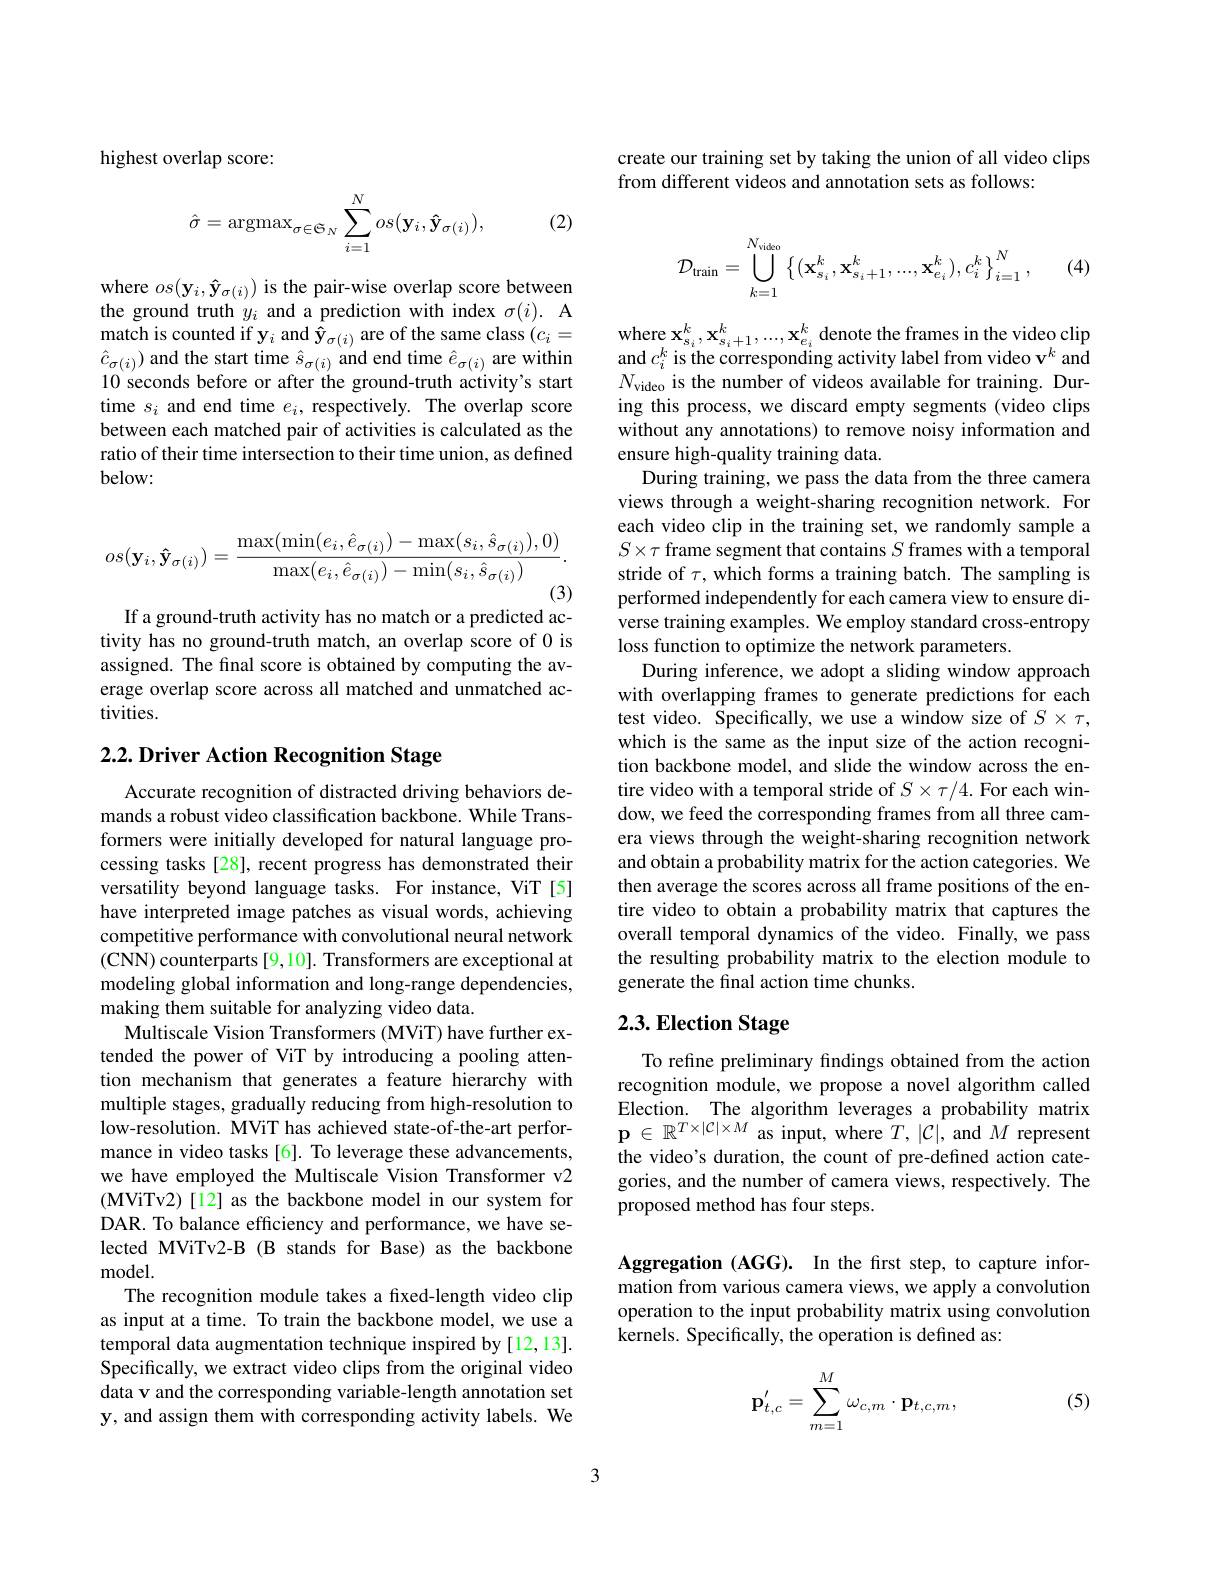
highest overlap score:

(2)
$$\hat{\sigma}=\operatorname{argmax}_{\sigma\in\mathfrak{S}_{N}}\sum_{i=1}^{N}os(\mathbf{y}_{i},\mathbf{\hat{y}}_{\sigma(i)}),$$
where $os(\mathbf{y}_{i},\mathbf{\hat{y}}_{\sigma(i)})$ is the pair-wise overlap score between the ground truth $y_i$ and a prediction with index $\sigma(i).$ A match is counted if y$_i$ and $\hat{\mathbf{y}}_{\sigma(i)}$ are of the same class $(c_i=$ $\hat{c}_{\sigma(i)}$ and the start time $\hat{s}_{\sigma(i)}$ and end time $\hat{e}_{\sigma(i)}$ are within 10 seconds before or after the ground-truth activity's start time $s_i$ and end time $e_i$, respectively. The overlap score between each matched pair of activities is calculated as the ratio of their time intersection to their time union, as defined below:
$$os(\mathbf{y}_i,\mathbf{\hat{y}}_{\sigma(i)})=\frac{\max(\min(e_i,\hat{e}_{\sigma(i)})-\max(s_i,\hat{s}_{\sigma(i)}),0)}{\max(e_i,\hat{e}_{\sigma(i)})-\min(s_i,\hat{s}_{\sigma(i)})}.$$
If a ground-truth activity has no match or a predicted activity has no ground-truth match, an overlap score of 0 is assigned. The final score is obtained by computing the average overlap score across all matched and unmatched activities.

# $2. 2. \textbf{ Driver Action Recognition Stage}$

Accurate recognition of distracted driving behaviors demands a robust video classification backbone. While Transformers were initially developed for natural language processing tasks [28], recent progress has demonstrated their versatility beyond language tasks. For instance, ViT[5] have interpreted image patches as visual words, achieving competitive performance with convolutional neural network (CNN) counterparts [9,10]. Transformers are exceptional at modeling global information and long-range dependencies, making them suitable for analyzing video data.
Multiscale Vision Transformers (MViT) have further extended the power of ViT by introducing a pooling attention mechanism that generates a feature hierarchy with multiple stages, gradually reducing from high-resolution to low-resolution. MViT has achieved state-of-the-art performance in video tasks [6]. To leverage these advancements, we have employed the Multiscale Vision Transformer v2 (MViTv2)[12] as the backbone model in our system for DAR. To balance efficiency and performance, we have selected MViTv2-B (B stands for Base) as the backbone ${\mathrm{model}}.$
The recognition module takes a fixed-length video clip as input at a time. To train the backbone model, we use a temporal data augmentation technique inspired by [12,13]. Specifically, we extract video clips from the original video data v and the corresponding variable-length annotation set y, and assign them with corresponding activity labels. We

create our training set by taking the union of all video clips
from different videos and annotation sets as follows:
$$\mathcal{D}_{\text{train}}=\bigcup\limits_{k=1}^{N_{\text{video}}}\left\{(\mathbf{x}_{s_i}^k,\mathbf{x}_{s_i+1}^k,...,\mathbf{x}_{e_i}^k),c_i^k\right\}_{i=1}^N,$$
(4)

$\begin{array}{l}\mathrm{where~x_{s_{i}}^{k},x_{s_{i}+1}^{k},...,x_{e_{i}}^{k}~denote~the~frames~in~the~video~clip}\\\mathrm{and~}c_{i}^{k}~\mathrm{is~the~corresponding~activity~label~from~video~v^{k}~and}\end{array}$ $N_{\mathrm{video}}$ is the number of videos available for training. During this process, we discard empty segments (video clips without any annotations) to remove noisy information and ensure high-quality training data.
During training, we pass the data from the three camera views through a weight-sharing recognition network. For each video clip in the training set, we randomly sample a $S\times\tau$ frame segment that contains $S$ frames with a temporal stride of $\tau$, which forms a training batch. The sampling is performed independently for each camera view to ensure diverse training examples. We employ standard cross-entropy loss function to optimize the network parameters.
During inference, we adopt a sliding window approach with overlapping frames to generate predictions for each test video. Specifically, we use a window size of $S\times\tau$, which is the same as the input size of the action recognition backbone model, and slide the window across the entire video with a temporal stride of $S\times\tau/4.$ For each window, we feed the corresponding frames from all three camera views through the weight-sharing recognition network and obtain a probability matrix for the action categories. We then average the scores across all frame positions of the entire video to obtain a probability matrix that captures the overall temporal dynamics of the video. Finally, we pass the resulting probability matrix to the election module to generate the final action time chunks.

## 2.3. Election Stage

To refine preliminary findings obtained from the action recognition module, we propose a novel algorithm called Election. The algorithm leverages a probability matrix $\mathbf{p}\in\mathbb{R}^{T\times|\mathcal{C}|\times M}$as input, where $T,|\mathcal{C}|$, and $M$ represent the video's duration, the count of pre-defined action categories, and the number of camera views, respectively. The proposed method has four steps.

Aggregation (AGG). In the frst step, to capture information from various camera views, we apply a convolution operation to the input probability matrix using convolution kernels. Specifically, the operation is defined as:
$$\mathbf{p}_{t,c}'=\sum_{m=1}^M\omega_{c,m}\cdot\mathbf{p}_{t,c,m},$$
(5)

3